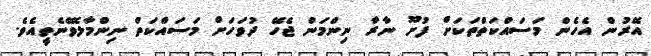
އޭރުން އެހެން މަސައްކަތްތަކަށް ފުށޫ ނާރާ ނިންމަން ޖެހޭ ދުވަހަށް މަސައްކަތް ނިންމާލެވޭނެތީއެވެ.